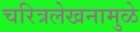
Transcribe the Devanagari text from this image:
चरित्रलेखनामुळे